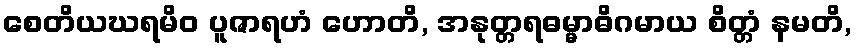
စေတိယဃရမိဝ ပူဇာရဟံ ဟောတိ, အနုတ္တရဓမ္မာဓိဂမာယ စိတ္တံ နမတိ,